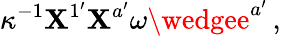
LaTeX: \kappa^{-1}\mathbf{X}^{1^{\prime}}\mathbf{X}^{a^{\prime}}\omega\wedgee^{a^{\prime}}\, ,